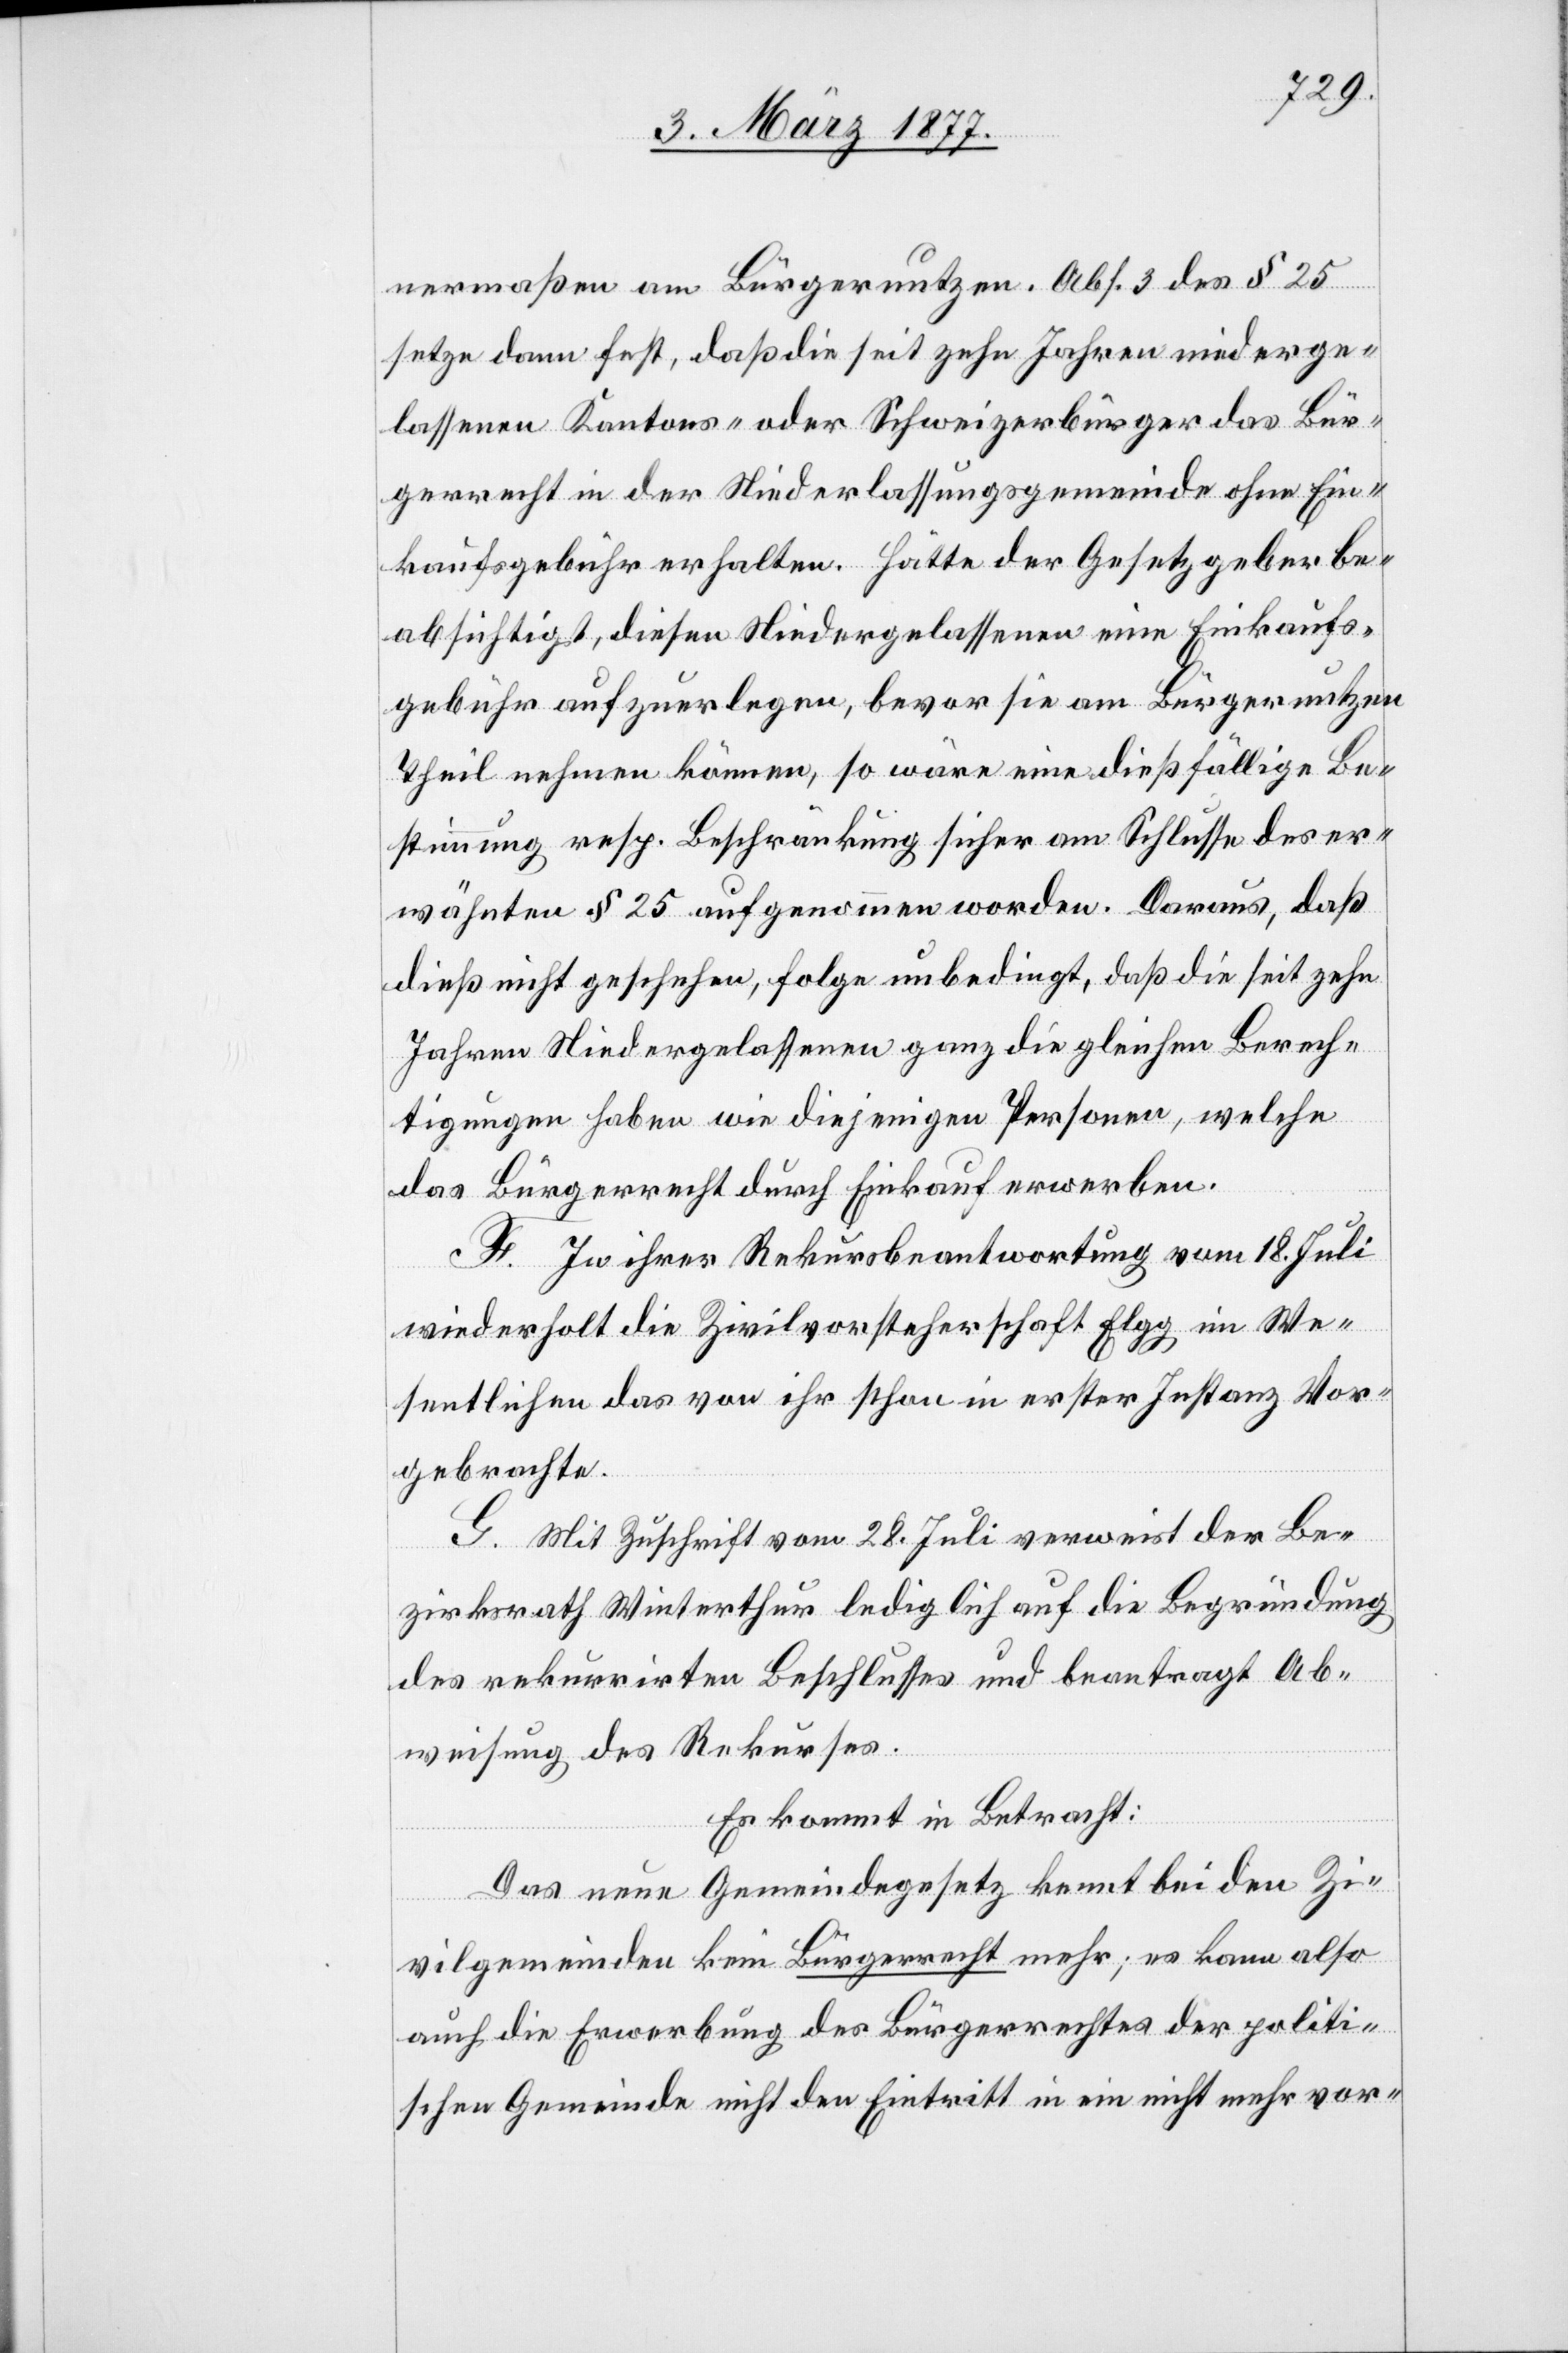
nermaßen am Bürgernutzen. Abs. 3 des § 25
setze dann fest, daß die seit zehn Jahren niederge¬
lassenen Kantons- oder Schweizerbürger das Bür¬
gerrecht in der Niederlassungsgemeinde ohne Ein¬
kaufsgebühr erhalten. Hätte der Gesetzgeber be¬
absichtigt, diesen Niedergelassenen eine Einkaufs¬
gebühr aufzuerlegen, bevor sie am Bürgernutzen
Theil nehmen können, so wäre eine dießfällige Be¬
stimmung resp. Beschränkung sicher am Schlusse des er¬
wähnten § 25 aufgenommen worden. Daraus, daß
dieß nicht geschehen, folge unbedingt, daß die seit zehn
Jahren Niedergelassenen ganz die gleichen Berech¬
tigungen haben wie diejenigen Personen, welche
das Bürgerrecht durch Einkauf erwerben.
F. In ihrer Rekursbeantwortung vom 18. Juli
wiederholt die Zivilvorsteherschaft Elgg im We¬
sentlichen das von ihr schon in erster Instanz Vor¬
gebrachte.
G. Mit Zuschrift vom 28. Juli verweist der Be¬
zirksrath Winterthur lediglich auf die Begründung
des rekurrirten Beschlusses und beantragt Ab¬
weisung des Rekurses.
Es kommt in Betracht:
Das neue Gemeindegesetz kennt bei den Zi¬
vilgemeinden kein Bürgerrecht mehr; es kann also
auch die Erwerbung des Bürgerrechtes der politi¬
schen Gemeinde nicht den Eintritt in ein nicht mehr vor-